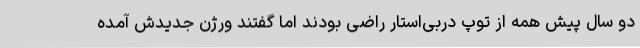
دو سال پیش همه از توپ دربی‌استار راضی بودند اما گفتند ورژن جدیدش آمده